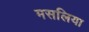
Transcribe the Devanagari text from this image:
मसलिया